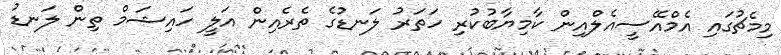
މިމެޗުގައި އެމްއޭސީއެލްއިން ކާމިޔާބުކުރި ހަތަރު ލަނޑުގެ ތެރެއިން އަލީ ހައިޝަމް ތިން ލަނޑު